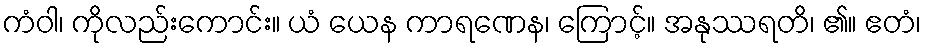
ကံဝါ၊ ကိုလည်းကောင်း။ ယံ ယေန ကာရဏေန၊ ကြောင့်။ အနုဿရတိ၊ ၏။ ဧတံ၊